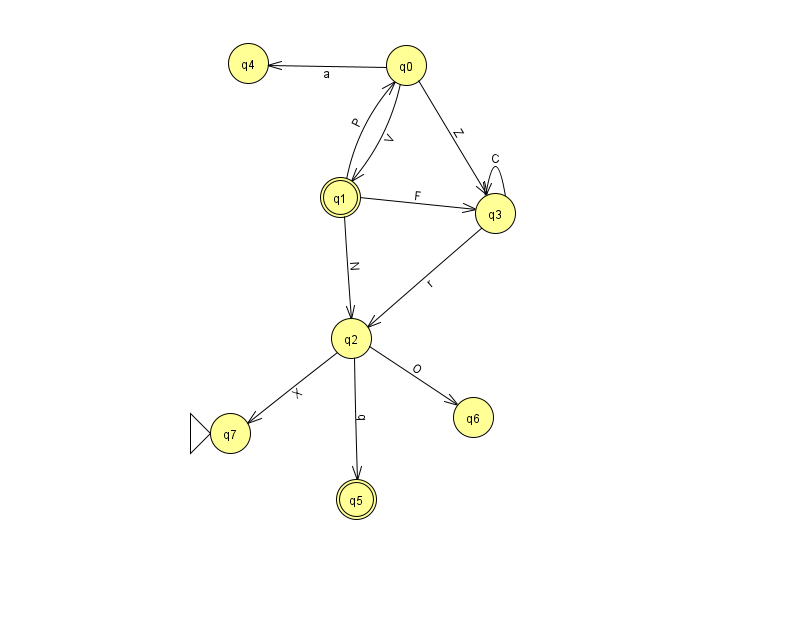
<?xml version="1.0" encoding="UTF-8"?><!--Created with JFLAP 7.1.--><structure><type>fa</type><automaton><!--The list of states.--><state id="0" name="q0"><x>406.0</x><y>52.0</y></state><state id="1" name="q1"><x>340.0</x><y>184.0</y><final/></state><state id="2" name="q2"><x>351.0</x><y>325.0</y></state><state id="3" name="q3"><x>495.0</x><y>200.0</y></state><state id="4" name="q4"><x>248.0</x><y>50.0</y></state><state id="5" name="q5"><x>356.0</x><y>486.0</y><final/></state><state id="6" name="q6"><x>473.0</x><y>404.0</y></state><state id="7" name="q7"><x>230.0</x><y>420.0</y><initial/></state><!--The list of transitions.--><transition><from>1</from><to>2</to><read>N</read></transition><transition><from>0</from><to>1</to><read>V</read></transition><transition><from>3</from><to>3</to><read>C</read></transition><transition><from>0</from><to>3</to><read>Z</read></transition><transition><from>0</from><to>4</to><read>a</read></transition><transition><from>1</from><to>0</to><read>P</read></transition><transition><from>2</from><to>6</to><read>O</read></transition><transition><from>2</from><to>7</to><read>X</read></transition><transition><from>3</from><to>2</to><read>r</read></transition><transition><from>2</from><to>5</to><read>q</read></transition><transition><from>1</from><to>3</to><read>F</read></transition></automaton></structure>